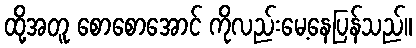
ထို့အတူ စောစောအောင် ကိုလည်းမေ့နေပြန်သည်။